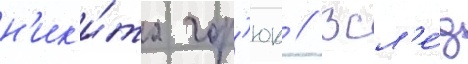
н'ик'и́та гор'юк // Всл'е́д